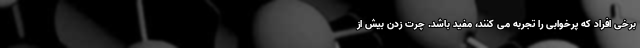
برخی افراد که پرخوابی را تجربه می کنند، مفید باشد. چرت زدن بیش از